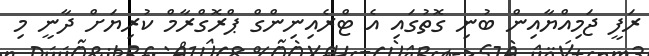
ރަފީ ޖަމިއްޔާއިން ބުނި ގޮތުގައި އެ ޓްރެއިނިންގް ޕްރޮގްރާމް ކުރިޔަށް ދާނީ މި